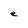
Character: e